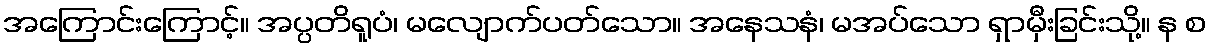
အကြောင်းကြောင့်။ အပ္ပတိရူပံ၊ မလျောက်ပတ်သော။ အနေသနံ၊ မအပ်သော ရှာမှီးခြင်းသို့။ န စ